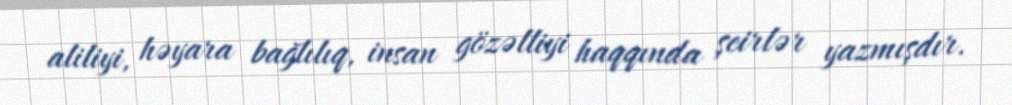
aliliyi, həyara bağlılıq, insan gözəlliyi haqqında şeirlər yazmışdır.